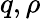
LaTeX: q,\rho